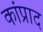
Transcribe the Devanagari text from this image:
कांप्राद